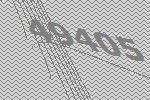
49405